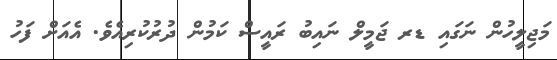
މަޖިލީހުން ނަގައި ޑރ ޖަމީލް ނައިބު ރައީސް ކަމުން ދުރުކުރިއެވެ. އެއަށް ފަހު